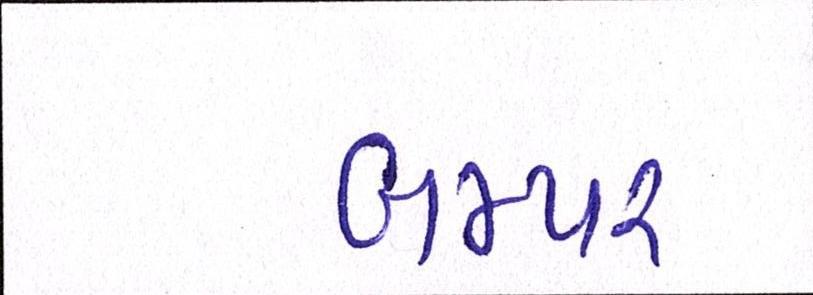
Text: બમ્પર